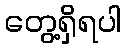
တွေ့ရှိရပါ